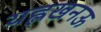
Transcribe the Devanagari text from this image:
यह्लखनऊ